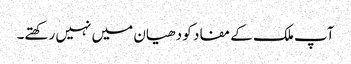
آپ ملک کے مفاد کو دھیان میں نہیں رکھتے۔